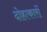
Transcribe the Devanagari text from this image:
दोहाकारों